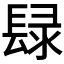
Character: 𨲒